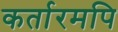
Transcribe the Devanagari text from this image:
कर्तारमपि